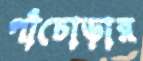
পাঁচোড়ার